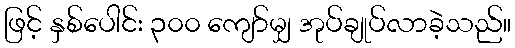
ဖြင့် နှစ်ပေါင်း ၃၀၀ ကျော်မျှ အုပ်ချုပ်လာခဲ့သည်။